Dysentery and liver abscess in Bombay - Number 47
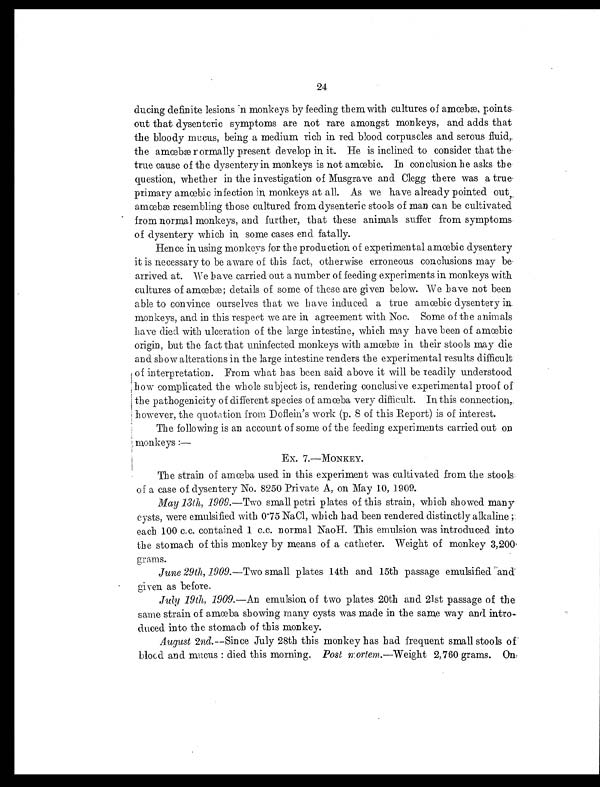
24
ducing definite lesions in monkeys by feeding them with cultures of amœbæ, points
out that dysenteric symptoms are not rare amongst monkeys, and adds that
the bloody mucus, being a medium rich in red blood corpuscles and serous fluid,
the amœbæ rormally present develop in it. He is inclined to consider that the
true cause of the dysentery in monkeys is not amœbic. In conclusion he asks the
question, whether in the investigation of Musgrave and Clegg there was a true
primary amœbic infection in monkeys at all. As we have already pointed out,
amœbæ resembling those cultured from dysenteric stools of man can be cultivated
from normal monkeys, and further, that these animals suffer from symptoms
of dysentery which in some cases end fatally.
Hence in using monkeys for the production of experimental amœbic dysentery
it is necessary to be aware of this fact, otherwise erroneous conclusions may be
arrived at. We have carried out a number of feeding experiments in monkeys with
cultures of amœbæ ; details of some of these are given below. We have not been
able to convince ourselves that we have induced a true amœbic dysentery in
monkeys, and in this respect we are in agreement with Noe. Some of the animals
have died with ulceration of the large intestine, which may have been of amœbic
origin, but the fact that uninfected monkeys with amœbæ in their stools may die
and show alterations in the large intestine renders the experimental results difficult
of interpretation. From what has been said above it will be readily understood
how complicated the whole subject is, rendering conclusive experimental proof of
the pathogenicity of different species of amœba very difficult. In this connection,
however, the quotation from Doflein's work (p. S of this Report) is of interest.
The following is an account of some of the feeding experiments carried out on
monkeys :—
Ex. 7.—MONKEY.
The strain of amœba used in this experiment was cultivated from the stools
of a case of dysentery No. 8250 Private A, on May 10, 1909.
May 13th, 1909.—Two small petri plates of this strain, which showed many
cysts, were emulsified with 0.75 NaCl, which had been rendered distinctly alkaline
; each 100 c.c. contained 1 c.c. normal NaoH. This emulsion was introduced into
the stomach of this monkey by means of a catheter. Weight of monkey 3,200
grams.
June 29th, 1909. —Two small plates 14th and 15th passage emulsified and
given as before.
July 19th, 1909.—An emulsion of two plates 20th and 21st passage of the
same strain of amœba showing many cysts was made in the same way and intro
-duced into the stomach of this monkey.
August 2nd.—Since July 28th this monkey has had frequent small stools of
bloed and mucus : died this morning. Post mortem.—Weight 2,760 grams. On